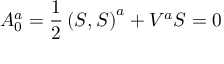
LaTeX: { \cal A } _ { 0 } ^ { a } = \frac 1 2 \left( S , S \right) ^ { a } + V ^ { a } S = 0